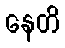
နေတိ